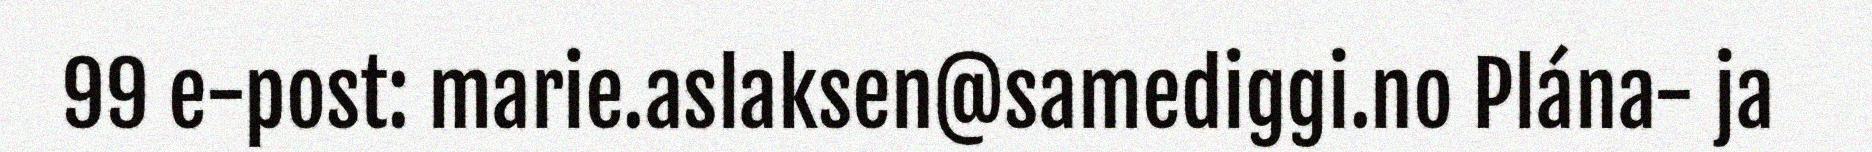
99 e-post: marie.aslaksen@samediggi.no Plána- ja